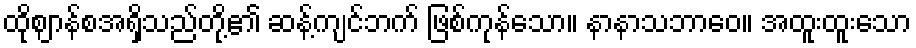
ထိုဈာန်စအရှိသည်တို့၏ ဆန့်ကျင်ဘက် ဖြစ်ကုန်သော။ နာနာသဘာဝေ။ အထူးထူးသော